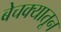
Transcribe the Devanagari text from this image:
बेचक्‍यातून